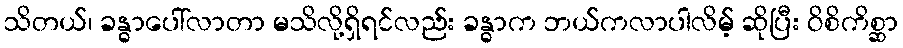
သိတယ်၊ ခန္ဓာပေါ်လာတာ မသိလို့ရှိရင်လည်း ခန္ဓာက ဘယ်ကလာပါလိမ့် ဆိုပြီး ဝိစိကိစ္ဆာ